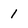
Character: 1